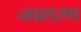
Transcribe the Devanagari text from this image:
नवशरण